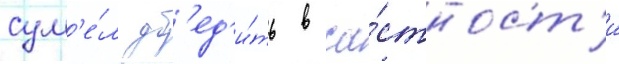
сум'е́л уб'ед'и́ть в ча́стност'и